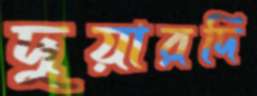
দুয়ারদি